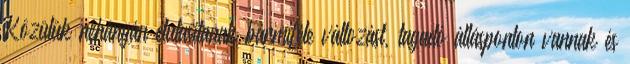
Közülük néhányán elutasítanak bármiféle változást, tagadó állásponton vannak és